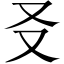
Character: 㕛